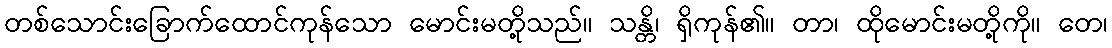
တစ်သောင်းခြောက်ထောင်ကုန်သော မောင်းမတို့သည်။ သန္တိ၊ ရှိကုန်၏။ တာ၊ ထိုမောင်းမတို့ကို။ တေ၊